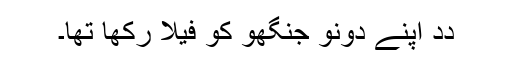
دِدِ اَپنے دونو جنگھو کو فیلا رکھا تھا۔